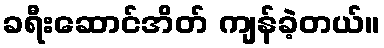
ခရီးဆောင်အိတ် ကျန်ခဲ့တယ်။